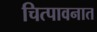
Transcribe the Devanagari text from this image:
चित्पावनात